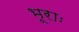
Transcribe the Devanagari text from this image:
भूराः